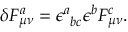
\delta F _ { \mu \nu } ^ { a } = \epsilon _ { \ b c } ^ { a } \epsilon ^ { b } F _ { \mu \nu } ^ { c } .